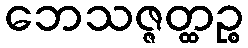
ဘေသဇ္ဇတ္ထဉ္စ